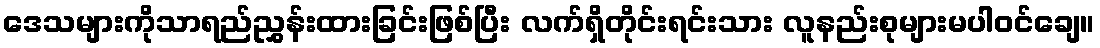
ဒေသများကိုသာရည်ညွှန်းထားခြင်းဖြစ်ပြီး လက်ရှိတိုင်းရင်းသား လူနည်းစုများမပါဝင်ချေ။